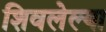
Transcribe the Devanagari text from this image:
शिवलेल्या